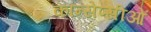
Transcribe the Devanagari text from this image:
कॉन्सेप्सीओं